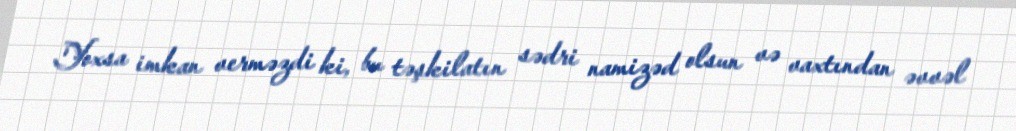
Yoxsa imkan verməzdi ki, bu təşkilatın sədri namizəd olsun və vaxtından əvvəl